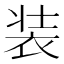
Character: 装